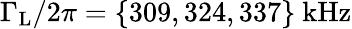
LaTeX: \Gamma_{\mathrm{L}}/2\pi=\mathrm{\{ 309,324,337\} ~kHz}